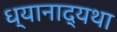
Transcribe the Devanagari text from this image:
ध्यानाद्यथा